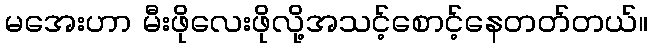
မအေးဟာ မီးဖိုလေးဖိုလို့အသင့်စောင့်နေတတ်တယ်။